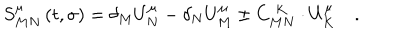
S _ { M N } ^ { \mu } \left( t , \sigma \right) = \delta _ { M } U _ { N } ^ { \mu } - \delta _ { N } U _ { M } ^ { \mu } \pm C _ { M N } ^ { \; K } \cdot U _ { K } ^ { \mu } \quad .